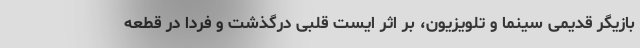
بازیگر قدیمی سینما و تلویزیون، بر اثر ایست قلبی درگذشت و فردا در قطعه